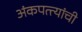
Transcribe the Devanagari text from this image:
अंकपत्त्यांची